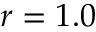
r = 1 . 0